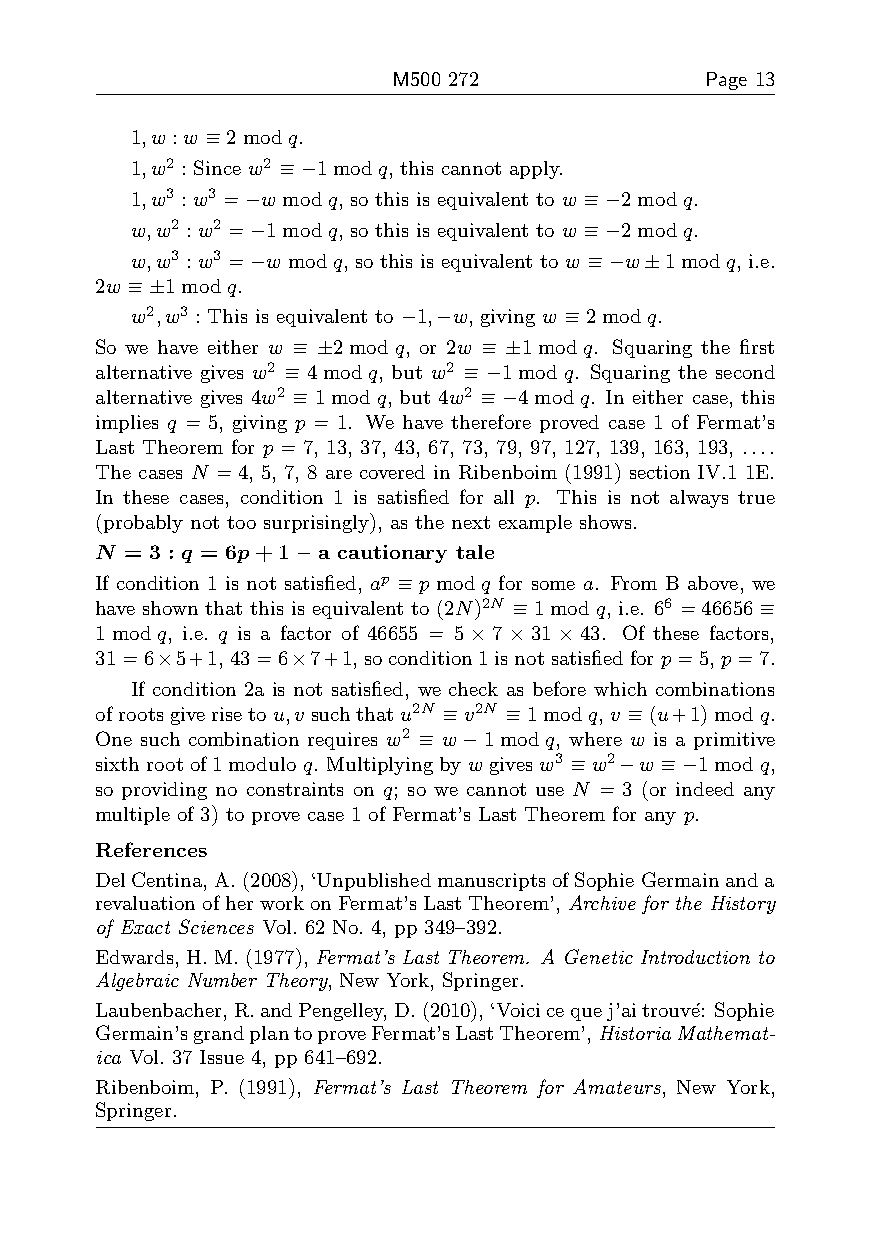
M500 272             Page 13
 1,w :w ≡2modq.
 1,w2 : Since w2 ≡−1modq, this cannot apply.
 1,w3 :w3 =−w modq, so this is equivalent to w ≡−2modq.
 w,w2 :w2 =−1modq, so this is equivalent to w ≡−2modq.
 w,w3 :w3 =−w modq, so this is equivalent to w ≡−w±1modq, i.e.
 2w ≡±1modq.
 w2,w3 : This is equivalent to −1,−w, giving w ≡2modq.
 So we have either w ≡ ±2modq, or 2w ≡ ±1modq. Squaring the first
 alternative gives w2 ≡ 4modq, but w2 ≡ −1modq. Squaring the second
 alternative gives 4w2 ≡ 1modq, but 4w2 ≡ −4modq. In either case, this
 implies q = 5, giving p = 1. We have therefore proved case 1 of Fermat’s
 Last Theorem for p = 7, 13, 37, 43, 67, 73, 79, 97, 127, 139, 163, 193, ....
 The cases N =4, 5, 7, 8 are covered in Ribenboim (1991) section IV.1 1E.
 In these cases, condition 1 is satisfied for all p. This is not always true
 (probably not too surprisingly), as the next example shows.
 N = 3 : q = 6p+1 – a cautionary tale
 If condition 1 is not satisfied, ap ≡ pmodq for some a. From B above, we
 have shown that this is equivalent to (2N)2N ≡1modq, i.e. 66 =46656≡
 1modq, i.e. q is a factor of 46655 = 5×7×31×43. Of these factors,
 31=6×5+1,43=6×7+1,socondition1isnotsatisfiedforp=5,p=7.
 If condition 2a is not satisfied, we check as before which combinations
 ofrootsgiverisetou,v suchthatu2N ≡v2N ≡1modq,v ≡(u+1)modq.
 One such combination requires w2 ≡ w−1modq, where w is a primitive
 sixthrootof1moduloq. Multiplyingbyw givesw3 ≡w2−w ≡−1modq,
 so providing no constraints on q; so we cannot use N = 3 (or indeed any
 multiple of 3) to prove case 1 of Fermat’s Last Theorem for any p.
 References
 DelCentina,A.(2008),‘UnpublishedmanuscriptsofSophieGermainanda
 revaluationofherworkonFermat’sLastTheorem’,Archive for the History
 of Exact Sciences Vol. 62 No. 4, pp 349–392.
 Edwards, H. M. (1977), Fermat’s Last Theorem. A Genetic Introduction to
 Algebraic Number Theory, New York, Springer.
 Laubenbacher,R.andPengelley,D.(2010),‘Voicicequej’aitrouv´e: Sophie
 Germain’sgrandplantoproveFermat’sLastTheorem’,HistoriaMathemat-
 ica Vol. 37 Issue 4, pp 641–692.
 Ribenboim, P. (1991), Fermat’s Last Theorem for Amateurs, New York,
 Springer.